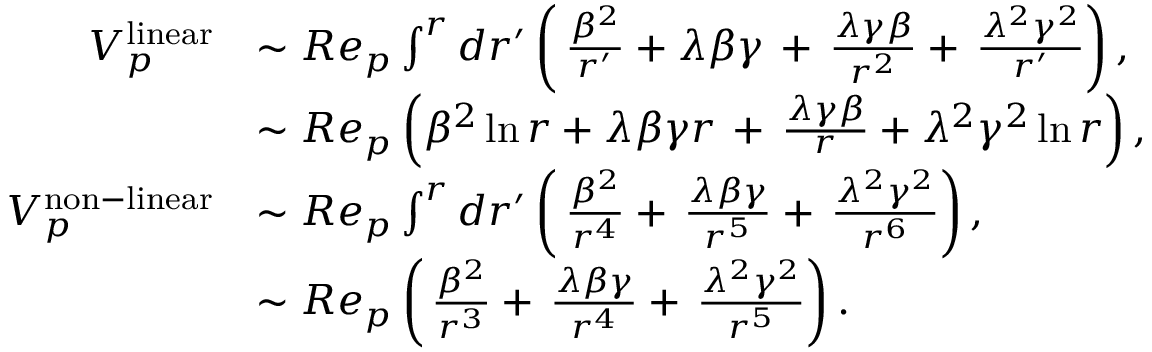
\begin{array} { r l } { V _ { p } ^ { \mathrm { l i n e a r } } } & { \sim R e _ { p } \int ^ { r } d r ^ { \prime } \left( \, \frac { \beta ^ { 2 } } { r ^ { \prime } } + \lambda \beta \gamma \, + \, \frac { \lambda \gamma \beta } { r ^ { 2 } } + \, \frac { \lambda ^ { 2 } \gamma ^ { 2 } } { r ^ { \prime } } \right) , } \\ & { \sim R e _ { p } \left( \beta ^ { 2 } \ln r + \lambda \beta \gamma r \, + \, \frac { \lambda \gamma \beta } { r } + \lambda ^ { 2 } \gamma ^ { 2 } \ln r \right) , } \\ { V _ { p } ^ { \mathrm { n o n - l i n e a r } } } & { \sim R e _ { p } \int ^ { r } d r ^ { \prime } \left( \, \frac { \beta ^ { 2 } } { r ^ { 4 } } + \, \frac { \lambda \beta \gamma } { r ^ { 5 } } + \, \frac { \lambda ^ { 2 } \gamma ^ { 2 } } { r ^ { 6 } } \right) , } \\ & { \sim R e _ { p } \left( \, \frac { \beta ^ { 2 } } { r ^ { 3 } } + \, \frac { \lambda \beta \gamma } { r ^ { 4 } } + \, \frac { \lambda ^ { 2 } \gamma ^ { 2 } } { r ^ { 5 } } \right) . } \end{array}